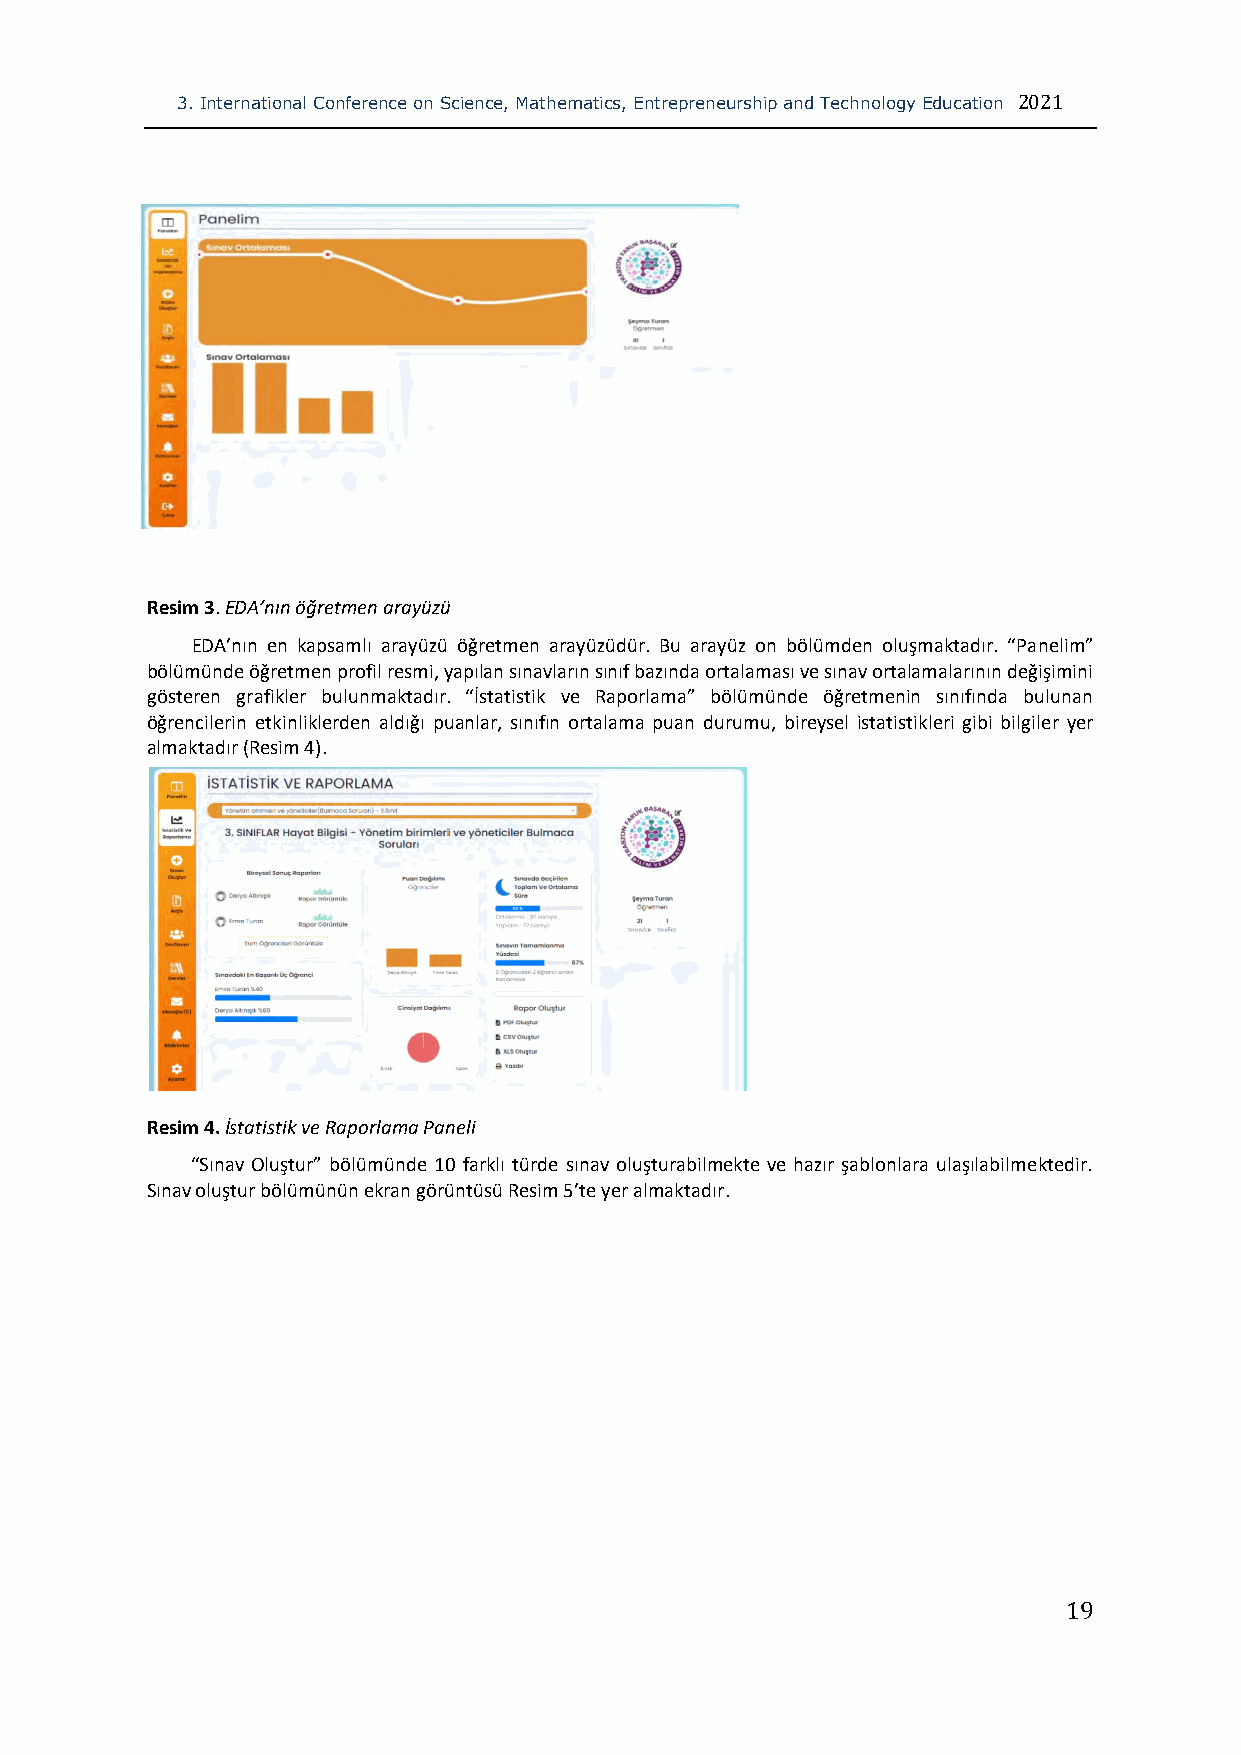
3. International Conference on Science, Mathematics, Entrepreneurship and Technology Education 2021
 Resim 3. EDA’nın öğretmen arayüzü
 EDA’nın en kapsamlı arayüzü öğretmen arayüzüdür. Bu arayüz on bölümden oluşmaktadır. “Panelim”
 bölümünde öğretmen profil resmi, yapılan sınavların sınıf bazında ortalaması ve sınav ortalamalarının değişimini
 gösteren grafikler bulunmaktadır. “İstatistik ve Raporlama” bölümünde öğretmenin sınıfında bulunan
 öğrencilerin etkinliklerden aldığı puanlar, sınıfın ortalama puan durumu, bireysel istatistikleri gibi bilgiler yer
 almaktadır (Resim 4).
 Resim 4. İstatistik ve Raporlama Paneli
 “Sınav Oluştur” bölümünde 10 farklı türde sınav oluşturabilmekte ve hazır şablonlara ulaşılabilmektedir.
 Sınav oluştur bölümünün ekran görüntüsü Resim 5’te yer almaktadır.
 19